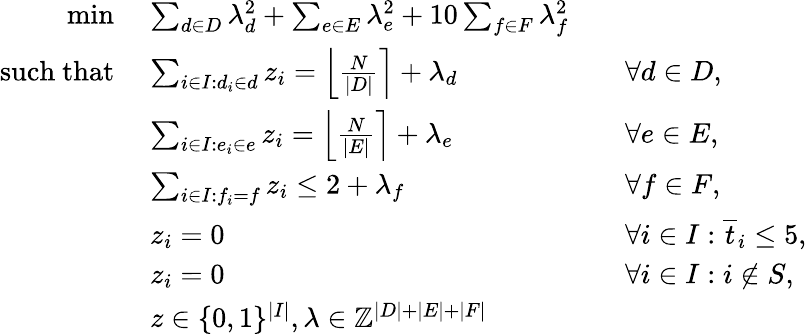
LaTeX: \begin{array}{rlrl}{\operatorname*{min}\; }&{\sum_{d\in D}\lambda_{d}^{2}+\sum_{e\in E}\lambda_{e}^{2}+10\sum_{f\in F}\lambda_{f}^{2}}\\ {\mathrm{such~that}\; }&{\sum_{i\in I:d_{i}\in d}z_{i}=\left\lfloor\frac{N}{\vert D\vert}\right\rceil+\lambda_{d}}&&{\forall d\in D,}\\ &{\sum_{i\in I:e_{i}\in e}z_{i}=\left\lfloor\frac{N}{\vert E\vert}\right\rceil+\lambda_{e}}&&{\forall e\in E,}\\ &{\sum_{i\in I:f_{i}=f}z_{i}\leq 2+\lambda_{f}}&&{\forall f\in F,}\\ &{z_{i}=0}&&{\forall i\in I:\overline{{t}}_{i}\leq 5,}\\ &{z_{i}=0}&&{\forall i\in I:i\not\in S,}\\ &{z\in\{ 0,1\} ^{\vert I\vert},\lambda\in\mathbb{Z}^{\vert D\vert+\vert E\vert+\vert F\vert}}\end{array}